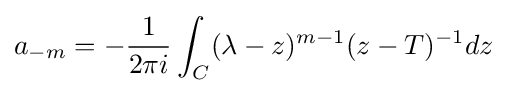
a_{-m}=-{\frac {1}{2\pi i}}\int _{C}(\lambda -z)^{m-1}(z-T)^{-1}dz